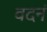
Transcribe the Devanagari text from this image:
वदनं